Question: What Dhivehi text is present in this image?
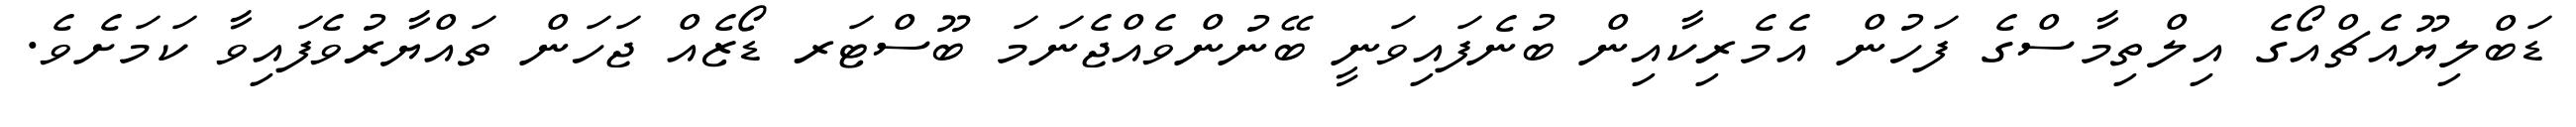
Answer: ޑަބްލިޔޫއެޗްއޯގެ އިލްތިމާސްގެ ފަހުން އެމެރިކާއިން ބުނެފައިވަނީ ބޭނުންވެއްޖެނަމަ ބޫސްޓަރ ޑޯޒެއް ޖަހަން ތައްޔާރުވެފައިވާ ކަމަށެވެ.